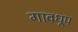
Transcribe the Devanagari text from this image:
गावधूप